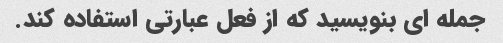
جمله ای بنویسید که از فعل عبارتی استفاده کند.